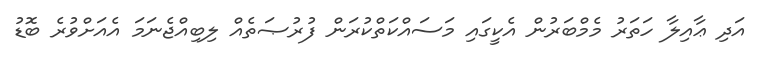
އަދި ޢާއިލާ ހަތަރު މެމްބަރުން އެކީގައި މަސައްކަތްކުރަން ފުރުޞަތެއް ލިބިއްޖެނަމަ އެއަށްވުރެ ބޮޑު